Vaccination in Burma 1920-1933 - 1920-1933
Year: 1920
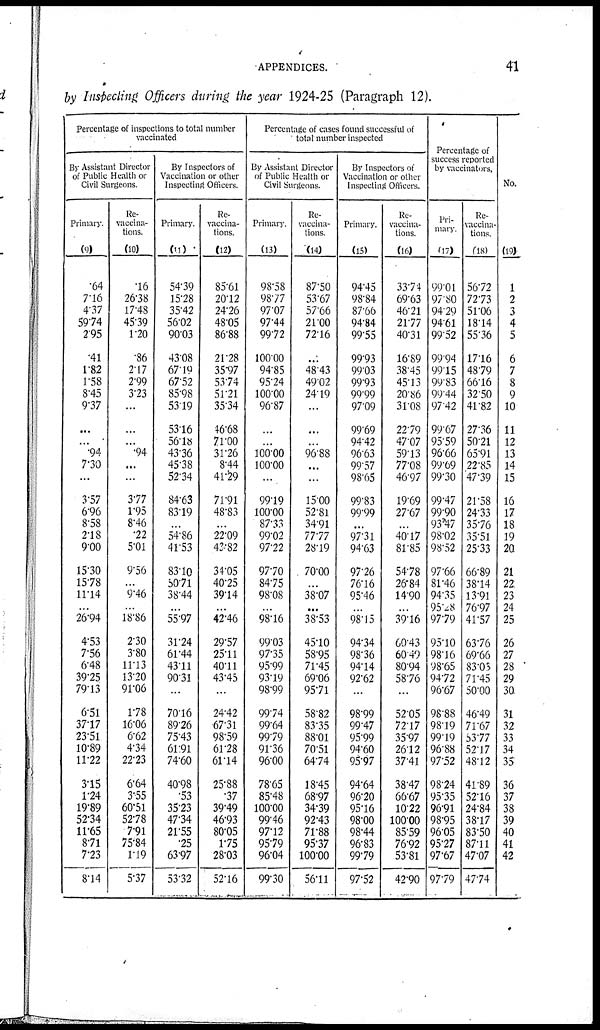
APPENDICES.
41
by Inspecting Officers during the year 1924-25 (Paragraph 12).
Percentage of inspections to total number
vaccinated
By Assistant Director
of Public Health or
Civil Surgeons.
Primary.
(9)
.64
7.16
4.37
59.74
2.95
.41
1.82
1.58
8.45
9.37
...
...
.94
7.30
...
3.57
6.96
8.58
2.18
9.00
15.30
15.78
11.14
...
26.94
4.53
7.56
6.48
39.25
79.13
6.51
37.17
23.51
10.89
11.22
3.15
1.24
19.89
52.34
11.65
8.71
7.23
8.14
Re-
vaccina-
tions.
(10)
.16
26.38
17.48
45.39
1.20
.86
2.17
2.99
3.73
...
...
...
.94
...
...
3.77
1.95
8.46
.22
5.01
9.56
...
9.46
...
18.86
2.30
3.80
11.13
13.20
91.06
1.78
16.06
6.62
4.34
22.23
6.64
3.55
60.51
52.78
7.91
75.84
1.19
5.37
By Inspectors of
Vaccination or other
Inspecting Officers.
Primary.
(11)
54.39
15.28
35.42
56.02
90.03
43.08
67.19
67.52
85.98
53.19
53.16
56.18
43.36
45.38
52.34
84.63
83.19
...
54.86
41.53
83.10
50.71
38.44
...
55.97
31.24
61.44
43.11
90.31
...
70.16
89.26
75.43
61.91
74.60
40.98
.53
35.23
47.34
21.55
.25
63.97
53.32
Re-
vaccina-
tions.
(12)
85.61
20.12
24.26
48.05
86.88
21.28
35.97
53.74
51.21
35.34
46.68
77.00
31.26
8.44
41.29
71.91
48.83
...
22.09
43.82
34.05
40.25
39.14
...
42.46
29.57
25.11
40.11
43.45
...
24.42
67.31
98.59
61.78
61.14
25.88
.37
39.49
46.93
80.05
1.75
28.03
52.16
Percentage of cases found successful of
total number inspected
By Assistant Director
of Public Health or
Civil Surgeons.
Primary.
(13)
98.58
98.77
97.07
97.44
99.72
100.00
94.85
95.24
100.00
96.87
...
...
100.00
100.00
...
99.19
100.00
87.33
99.02
97.22
97.70
84.75
98.08
...
98.16
99.03
97.35
95.99
93.19
98.99
99.74
99.64
99.79
91.36
96.00
78.65
85.48
100.00
99.46
97.12
95.79
96.04
99.30
Re-
vaccina-
tions.
(14)
87.50
53.67
57.66
21.00
72.16
...
48.43
49.02
24.19
...
...
...
96.88
...
...
15.00
52.81
34.91
77.77
28.19
70.00
...
38.07
...
38.53
45.10
58.95
71.45
69.06
95.71
58.82
83.35
88.01
70.51
64.74
18.45
68.97
34.39
92.43
71.88
95.37
100.00
56.11
By Inspectors of
Vaccination or other
Inspecting Officers.
Primary.
(15)
94.45
98.84
87.66
94.84
99.55
99.93
99.03
99.93
99.99
97.09
99.69
94.42
96.63
99.57
98.65
99.83
99.99
...
97.31
94.63
97.26
76.16
95.46
...
98.15
94.34
98.36
94.14
92.62
...
98.99
99.47
95.99
94.60
95.97
94.64
96.20
95.16
98.00
98.44
96.83
99.79
97.52
Re-
vaccina-
tions.
(16)
33.74
69.63
46.21
21.77
40.31
16.89
38.45
45.13
20.86
31.08
22.79
47.07
59.13
77.08
46.97
19.69
27.67
...
40.17
81.85
54.78
26.84
14.90
...
39.16
60.43
60.49
80.94
58.76
...
52.05
72.17
35.97
26.12
37.41
38.47
66.67
10.22
100.00
85.59
76.92
53.81
42.90
Percentage of
success reported
by vaccinators.
Pri-
mary.
(17)
99.01
97.80
94.29
94.61
99.52
99.94
99.15
99.83
99.44
97.42
99.67
95.59
96.66
99.69
99.30
99.47
99.90
93.47
98.02
98.52
97.66
81.46
94.35
95.28
97.79
95.10
98.16
98.65
94.72
96.67
98.88
98.19
99.19
96.88
97.52
98.24
95.35
96.91
98.95
96.05
95.27
97.67
97.79
Re-
vaccina-
tions.
(18)
56.72
72.73
51.06
18.14
55.36
17.16
48.79
66.16
32.50
41.82
27.36
50.21
65.91
22.85
47.39
21.58
24.33
35.76
35.51
25.33
66.89
38.14
13.91
76.97
41.57
63.76
69.66
83.03
71.45
50.00
46.49
71.67
83.77
52.17
48.12
41.89
52.16
24.84
38.17
83.50
87.11
47.07
47.74
No.
(19)
1
2
3
4
5
6
7
8
9
10
11
12
13
14
15
16
17
18
19
20
21
22
23
24
25
26
27
28
29
30
31
32
33
34
35
36
37
38
39
40
41
42